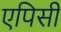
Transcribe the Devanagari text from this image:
एपिसी